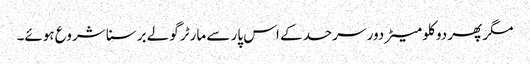
مگر پھر دو کلو میٹر دور سرحد کے اس پار سے مارٹر گولے برسنا شروع ہوئے۔